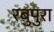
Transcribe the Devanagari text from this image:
रबुपुरा